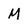
Character: M